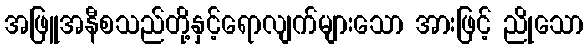
အဖြူအနီစသည်တို့နှင့်ရောလျက်များသော အားဖြင့် ညိုသော